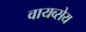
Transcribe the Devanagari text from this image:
वायव्सेय